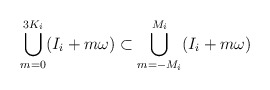
\begin{align*}\bigcup \limits_{m = 0}^{3K_i} (I_i + m\omega) \subset \bigcup \limits_{m = -M_i}^{M_i} (I_i + m\omega)\end{align*}